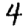
Digit: 4